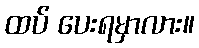
ထပ် ပေးရမှာလား။